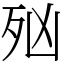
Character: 𣧑